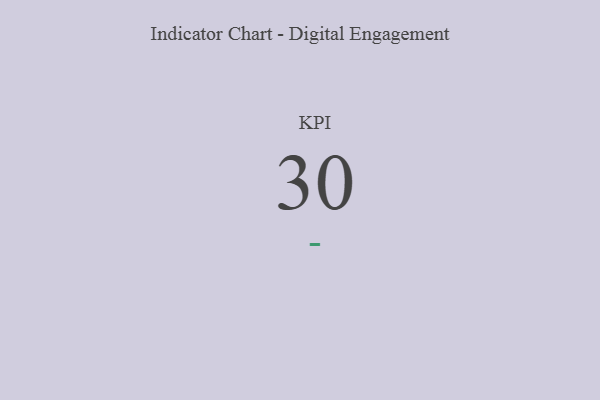
{"axis": {"x": "KPI", "y": "Value"}, "legend": [""], "data": [{"x": "KPI", "y": 30, "type": ""}]}